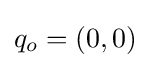
q_{o}=(0,0)